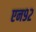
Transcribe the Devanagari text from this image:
एन९२